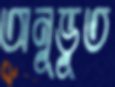
অনূভূত